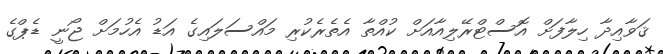
ޤަވާއިދާ ހިލާފަށް އޮސްޓްރޭލިއާއަށް ކުއްތާ އެތެރެކުރި މައްސަލައިގެ އަޑު އެހުމަށް ޖޯނީ ޑެޕްގެ